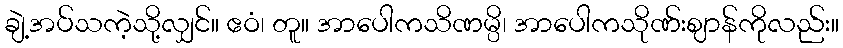
ချဲ့အပ်သကဲ့သို့လျှင်။ ဧဝံ၊ တူ။ အာပေါကသိဏမ္ပိ၊ အာပေါကသိုဏ်းဈာန်ကိုလည်း။